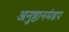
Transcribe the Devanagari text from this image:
अनुष्ठानमंडप